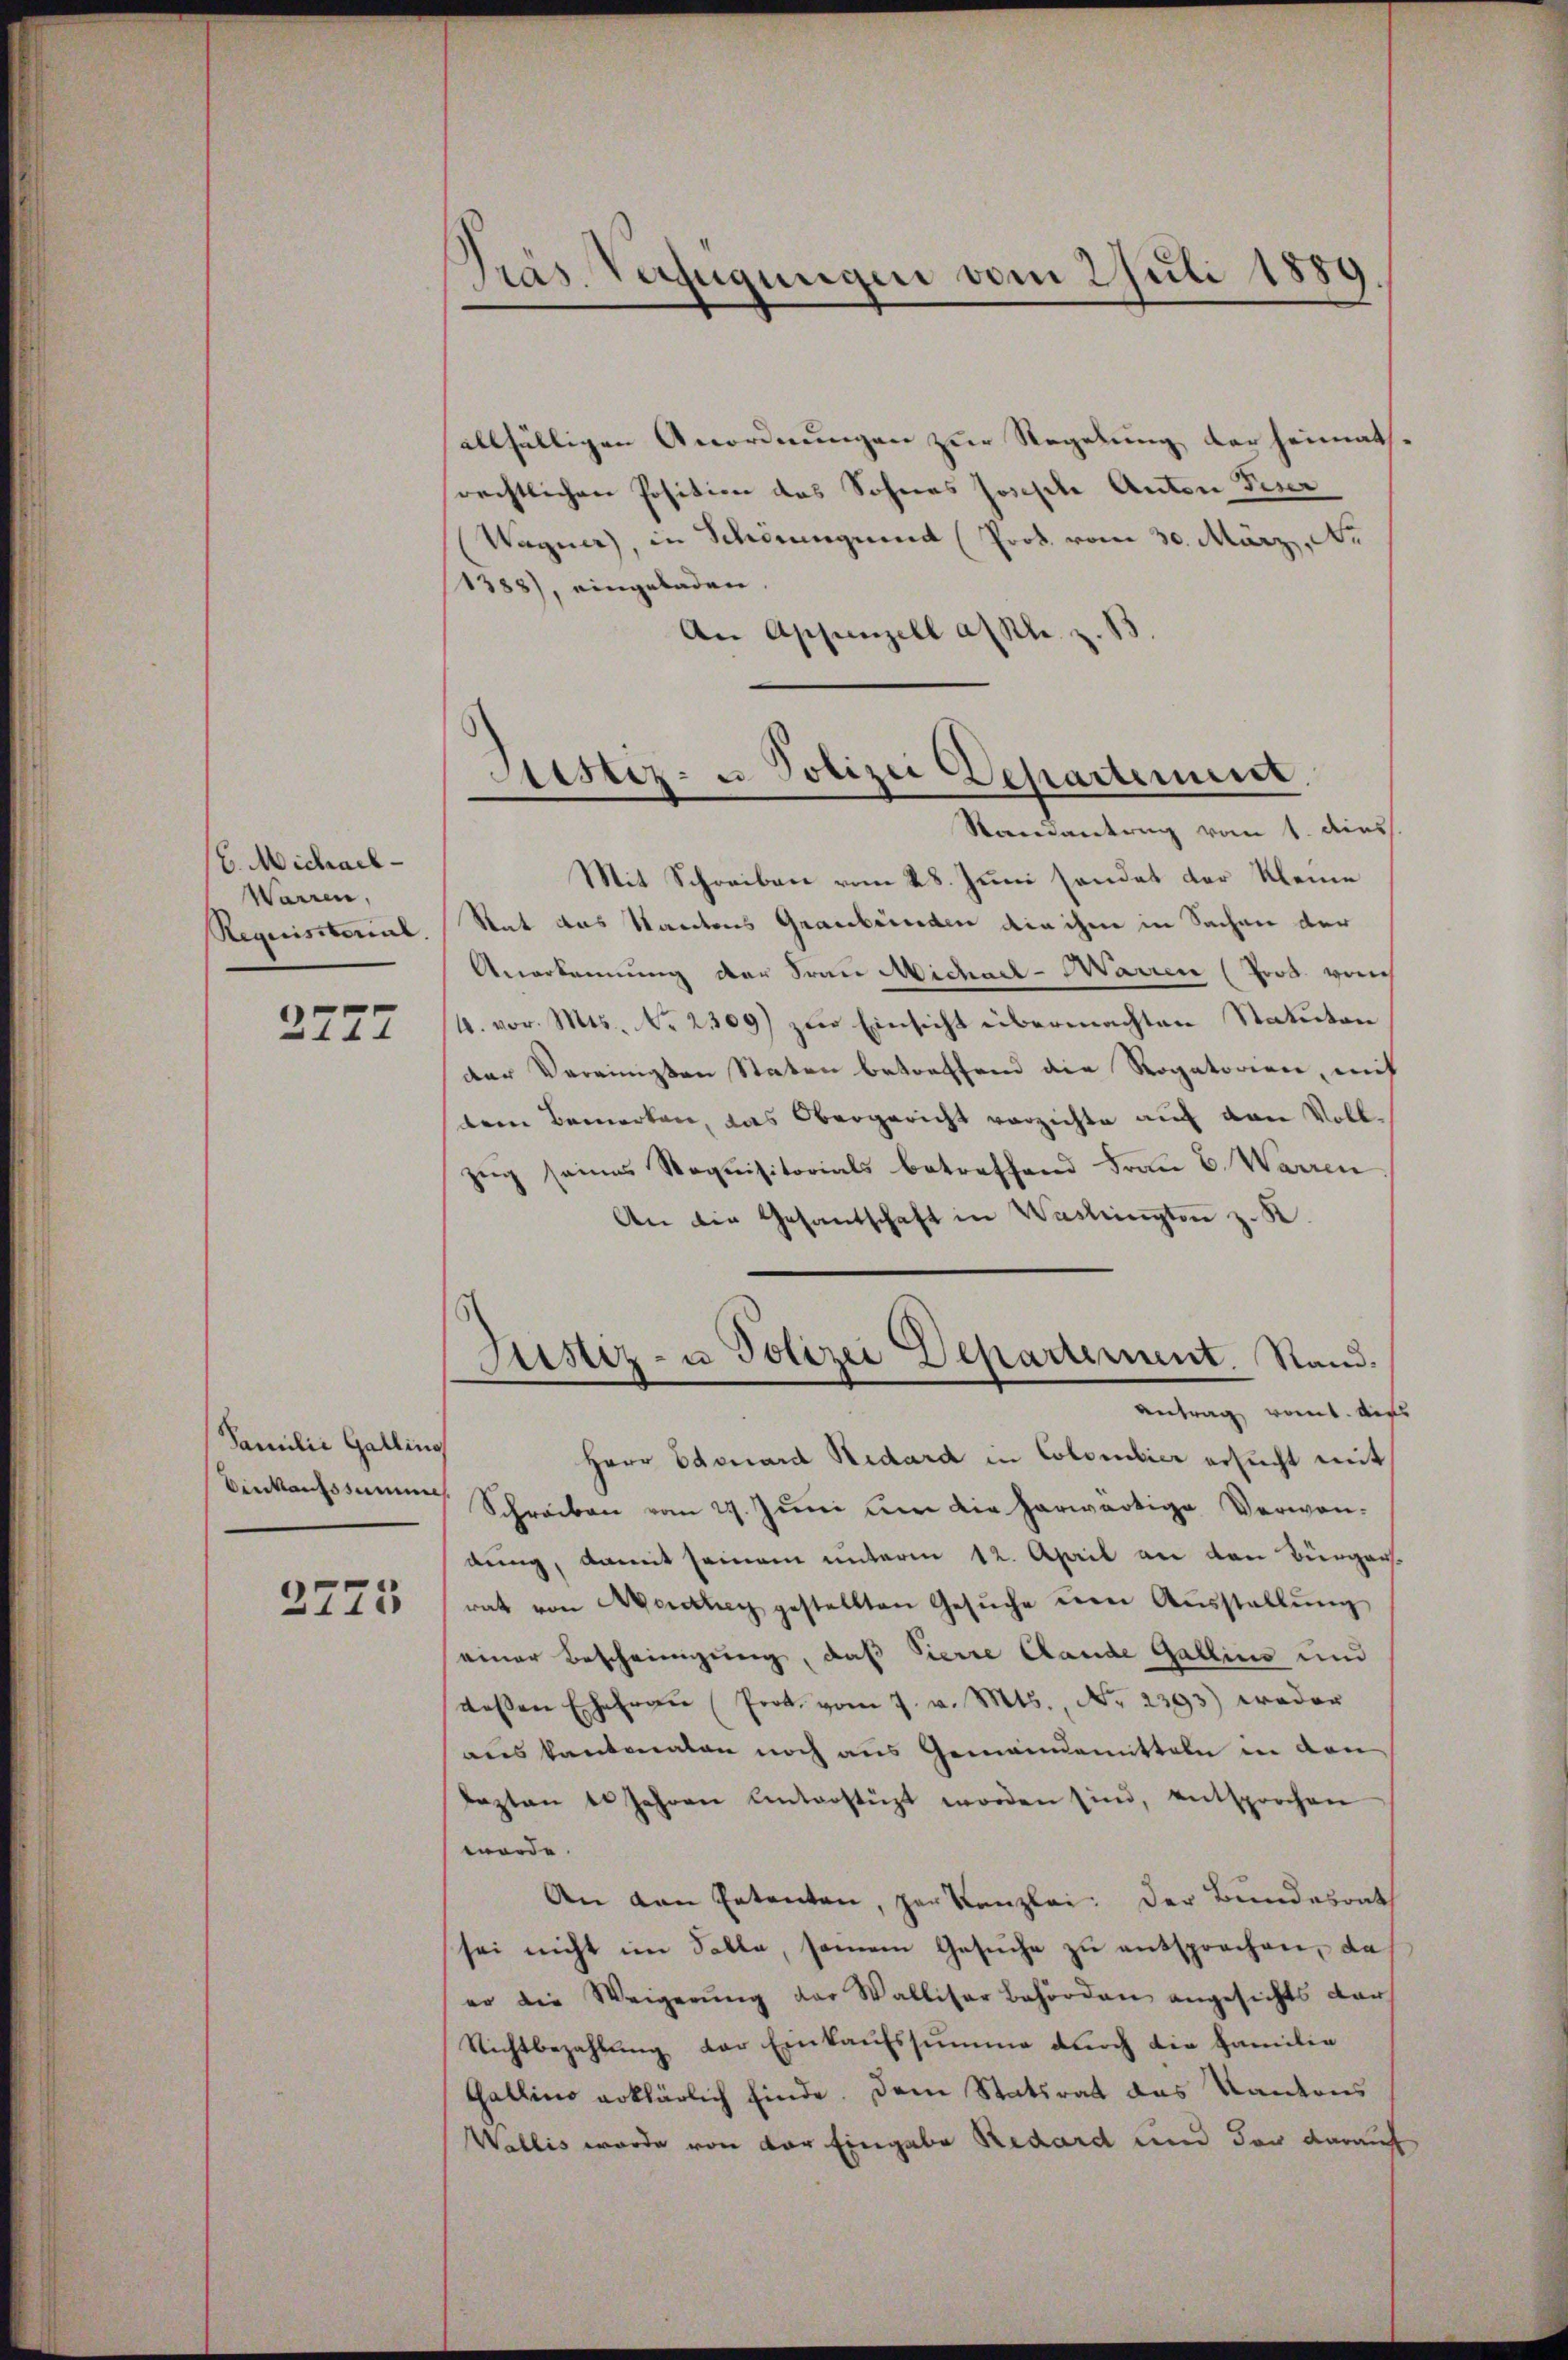
C. Michael
Warren,
Requisitorial.

2277

Familie Gallins
Einkaufssumme

2773

allfälligen Anordnungen zur Regelung der heimath-
rechtlichen Position des Sohnes Joseph Anton Peser
Wagner, in Schörungen (Prok. vom 30. März, Nr.
1388), eingeladen.
An Appenzell als z. B.

Pras. Verfügungen vom 2 Juli 1889
9.

Sistiz- u. Polizei Departement.
Randantrag vom 1. dies

Justiz- u Polizei Departement. Stand.
Antrag kommt. Ders

Mit Schreiben vom 28. Juni sendet der Kleine
Rat das Kantons Graubünden die ihm in Sachen der
Anerkennung der Frau Michael-Harren (Trob. verich
4. vor. Mts. No. 2309) zur Einsicht übermachten Statuten
der Vereinigten Staten betreffend die Rogatorien, mit
dem Bemerken, das Obergericht verzichte auf den Vollzeg seines Requisitorials betreffend Frau B. Warren
An die Gesandschaft in Washingten z. K.
Herr Edouard Redard in Colombier ersucht mit
Schreiben vom 27. Juni um die herwärtige Verwendung, damit seinem unterm 12. April an den Bürger
rat von Aventag gestellten Gesŭche um Aŭsstellŭng
einer Bescheinigung, daß Pierre Lande Gallins und
dessen Ehefraŭ Prot. vom 7. v. Mts., Nr. 2393) weder
aus kantonalen noch aus Gemeindemitteln in den
lezten 10 Jahren Unterstüzt worden sind, entsprochen
werde.
An den Petenten, zur Kanzlei. Der Bundesrat
sei nicht im Falle, seinem Gesuche zu entsprochen, da
er die Weigerŭng der Walliser Behörden angesichts dar
Nichtbezahlung der Einkaufssumme durch die Familie
Gallino erklärlich finde. Dem Statsrat das Kantons
Wallis wurde von der Eingabe Redard und der darauf